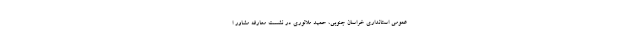
عمومی استانداری خراسان جنوبی، حمید ملانوری در نشست معارفه مشاور ا